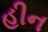
હીન